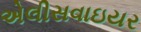
એલીસવાઇયર